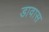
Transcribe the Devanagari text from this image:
डावास